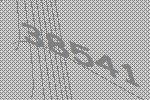
38541